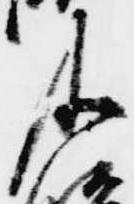
及